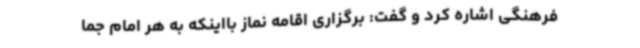
فرهنگی اشاره کرد و گفت: برگزاری اقامه نماز بااینکه به هر امام جما